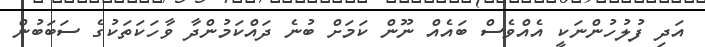
އަދި ފުލުހުންނަކީ އެއްވެސް ބައެއް ނޫން ކަމަށް ބުނެ ދައްކަމުންދާ ވާހަކަތަކުގެ ސަބަބުން